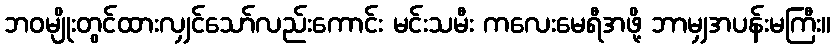
ဘဝမျိုးတွင်ထားလျှင်သော်လည်းကောင်း မင်းသမီး ကလေးမေရီအဖို့ ဘာမျှအပန်းမကြီး။